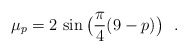
\begin{align*}\mu_p = 2\,\sin \big(\frac{\pi}{4}(9-p)\big)~~.\end{align*}